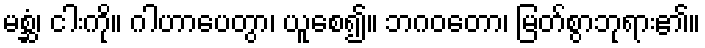
မစ္ဆံ၊ ငါးကို။ ဂါဟာပေတွာ၊ ယူစေ၍။ ဘဂဝတော၊ မြတ်စွာဘုရား၏။